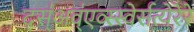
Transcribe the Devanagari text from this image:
द्स्॑अव्॑एव्स्स्वेर्सत्येरेरे